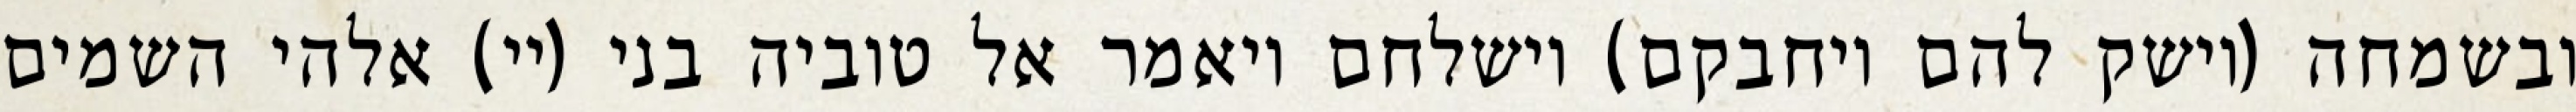
ובשמחה (וישק להם ויחבקם) וישלחם ויאמר אל טוביה בני (יי) אלהי השמים